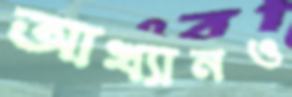
আখ্যানও